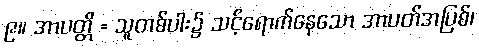
၉။ အာပတ္တိ = သူတစ်ပါး၌ သင့်ရောက်နေသော အာပတ်အပြစ်၊